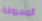
المسروقة